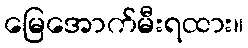
မြေအောက်မီးရထား။